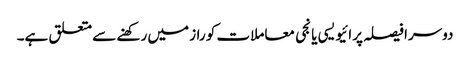
دوسرا فیصلہ پرائیویسی یا نجی معاملات کو راز میں رکھنے سے متعلق ہے۔